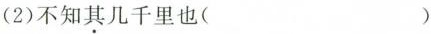
(2)不知其几千里也( )